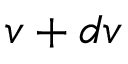
{ \boldsymbol { v } } + d { \boldsymbol { v } }